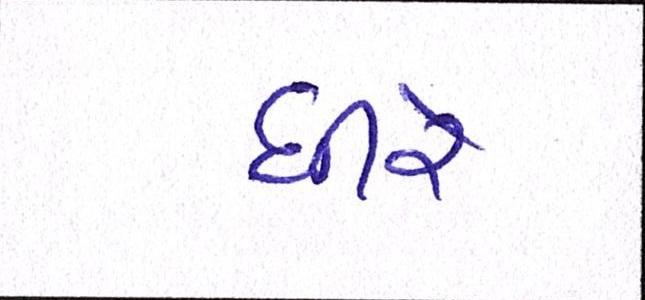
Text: ધીરે